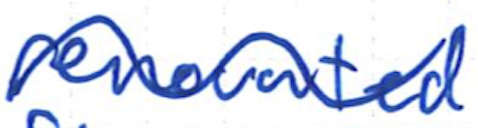
Text: renovated
Cross-out: wave
Writing tool: ballpoint